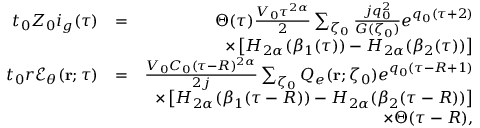
\begin{array} { r l r } { t _ { 0 } Z _ { 0 } i _ { g } ( \tau ) } & { = } & { \Theta ( \tau ) \frac { V _ { 0 } \tau ^ { 2 \alpha } } { 2 } \sum _ { \zeta _ { 0 } } \frac { j q _ { 0 } ^ { 2 } } { G ( \zeta _ { 0 } ) } e ^ { q _ { 0 } ( \tau + 2 ) } } \\ & { } & { \times \left[ H _ { 2 \alpha } ( \beta _ { 1 } ( \tau ) ) - H _ { 2 \alpha } ( \beta _ { 2 } ( \tau ) ) \right] } \\ { t _ { 0 } r { \mathcal E } _ { \theta } ( { \bf r } ; \tau ) } & { = } & { \frac { V _ { 0 } C _ { 0 } ( \tau - R ) ^ { 2 \alpha } } { 2 j } \sum _ { \zeta _ { 0 } } Q _ { e } ( { \bf r } ; \zeta _ { 0 } ) e ^ { q _ { 0 } ( \tau - R + 1 ) } } \\ & { } & { \times \left[ H _ { 2 \alpha } ( \beta _ { 1 } ( \tau - R ) ) - H _ { 2 \alpha } ( \beta _ { 2 } ( \tau - R ) ) \right] } \\ & { } & { \times \Theta ( \tau - R ) , } \end{array}